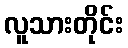
လူသားတိုင်း